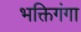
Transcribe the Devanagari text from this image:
भक्तिगंगा